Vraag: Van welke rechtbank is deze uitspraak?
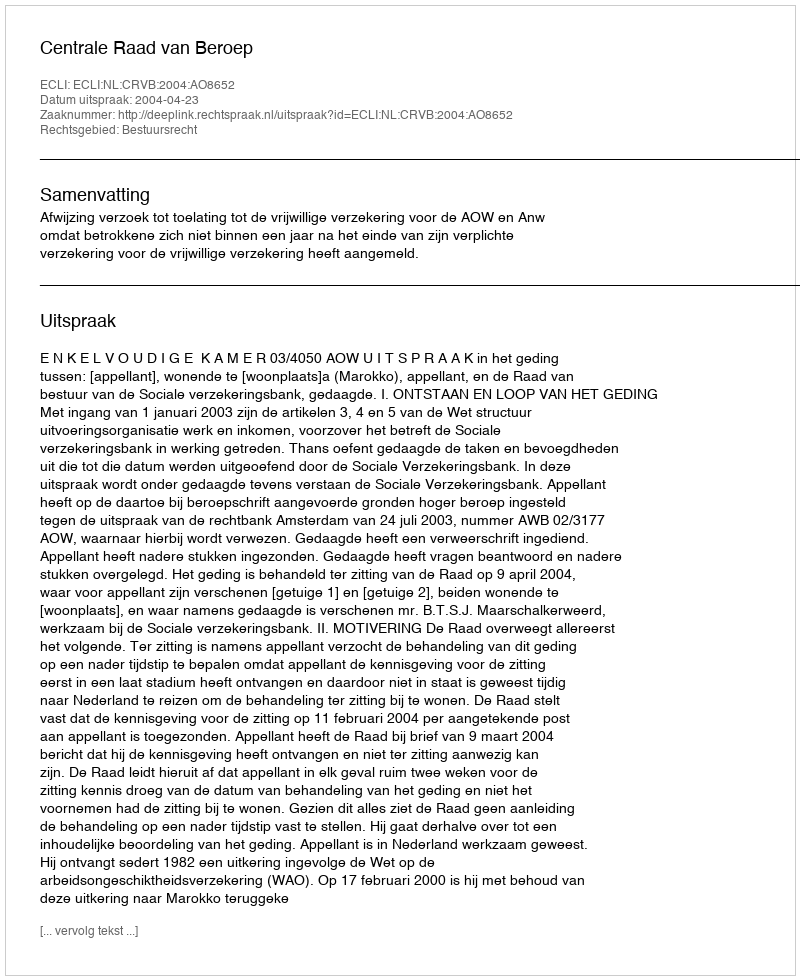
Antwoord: Centrale Raad van Beroep